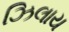
ઝિલાય